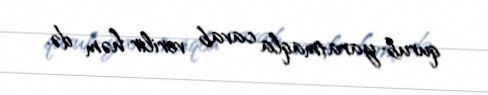
qurub-yaratmaqla cavab verilir həm də.